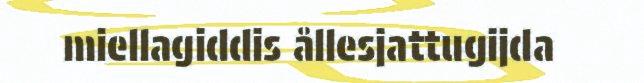
miellagiddis ållesjattugijda